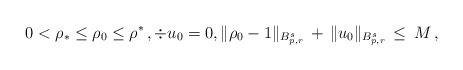
LaTeX: \begin{align*}0<\rho_\ast\leq \rho_0\leq \rho^\ast\,,\div u_0=0,\|\rho_0-1\|_{B^s_{p,r}}\,+\,\|u_0\|_{B^s_{p,r}}\,\leq\,M\,,\end{align*}